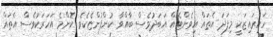
ހައިރައިޒަކީ މިފަދަ އެތައް އިވެންޓެއް އަބަދުވެސް ބާއްވާ ކުންފުންޏެކެވެ. ކޮންމެ އަހަރަކުވެސް އެތައް